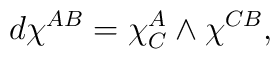
d\chi^{AB}=\chi^{A}_{C}                \wedge \chi^{CB},